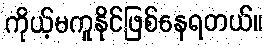
ကိုယ့်မကူနိုင်ဖြစ်နေရတယ်။